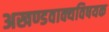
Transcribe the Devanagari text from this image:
अखण्डवाक्यविषयक